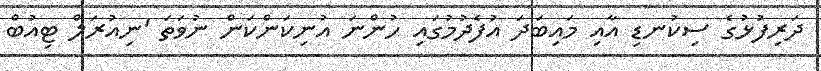
ދަރިފުޅުގެ ސިކުނޑި އާއި މައިބަދަ އުފެދުމުގައި ހުންނަ އުނިކަންކަން ނުވަތަ 'ނިއުރަލް ޓިއުބް